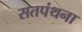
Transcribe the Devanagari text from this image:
सतपंथना